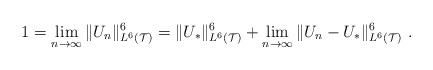
LaTeX: \begin{align*}1= \lim_{n \to \infty} \| U_n \|^6_{L^6(\mathcal{T})}=\| U_* \|^6_{L^6(\mathcal{T})}+\lim_{n\to \infty}\| U_n-U_* \|^6_{L^6(\mathcal{T})}\ .\end{align*}